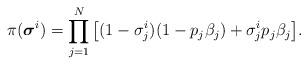
LaTeX: \begin{align*}\pi ({\boldsymbol{\sigma} ^i})=\prod\limits_{j = 1}^N {\left[ {(1 - \sigma _j^i)(1 - {p_j}{\beta_j}) + \sigma _j^i{p_j}{\beta_j}} \right]}.\end{align*}